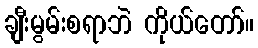
ချီးမွမ်းစရာဘဲ ကိုယ်တော်။